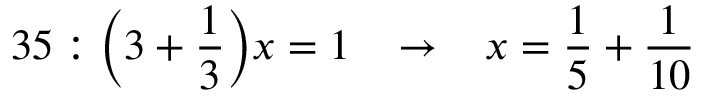
3 5 : { \bigg ( } 3 + { \frac { 1 } { 3 } } { \bigg ) } x = 1 \; \; \; \rightarrow \; \; \; x = { \frac { 1 } { 5 } } + { \frac { 1 } { 1 0 } }